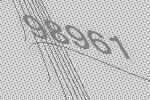
98961